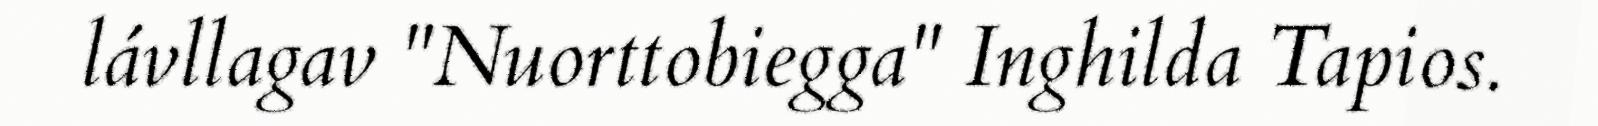
lávllagav "Nuorttobiegga" Inghilda Tapios.